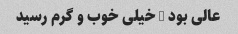
عالی بود … خیلی خوب و گرم رسید